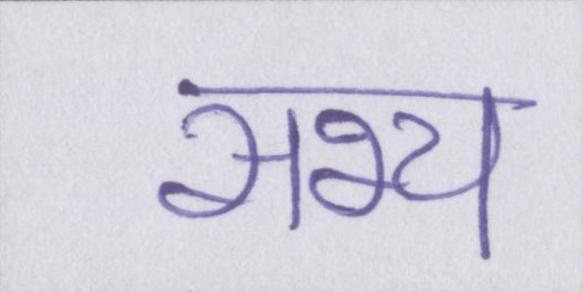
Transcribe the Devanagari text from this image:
सभ्य